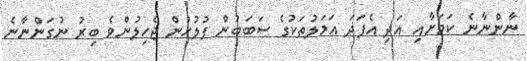
ނާންނާނެ ކަމަށާއި އަދި އެފަދަ އަމަލުތަކުގެ ސަބަބުން ފުލުހުން ޖެހިލުންވެ ބިރު ނުގަންނާނެ